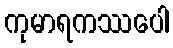
ကုမာရကဿပေါ